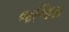
જજિસ